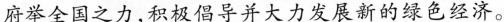
府举全国之力，积极倡导并大力发展新的绿色经济。